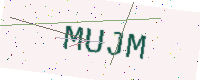
Text: MUJM